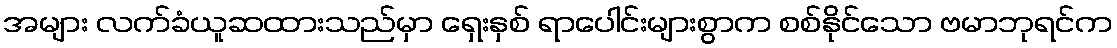
အများ လက်ခံယူဆထားသည်မှာ ရှေးနှစ် ရာပေါင်းများစွာက စစ်နိုင်သော ဗမာဘုရင်က